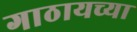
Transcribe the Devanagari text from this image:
गाठायच्या